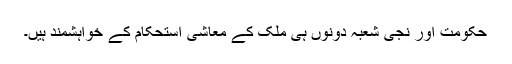
حکومت اور نجی شعبہ دونوں ہی ملک کے معاشی استحکام کے خواہشمند ہیں۔